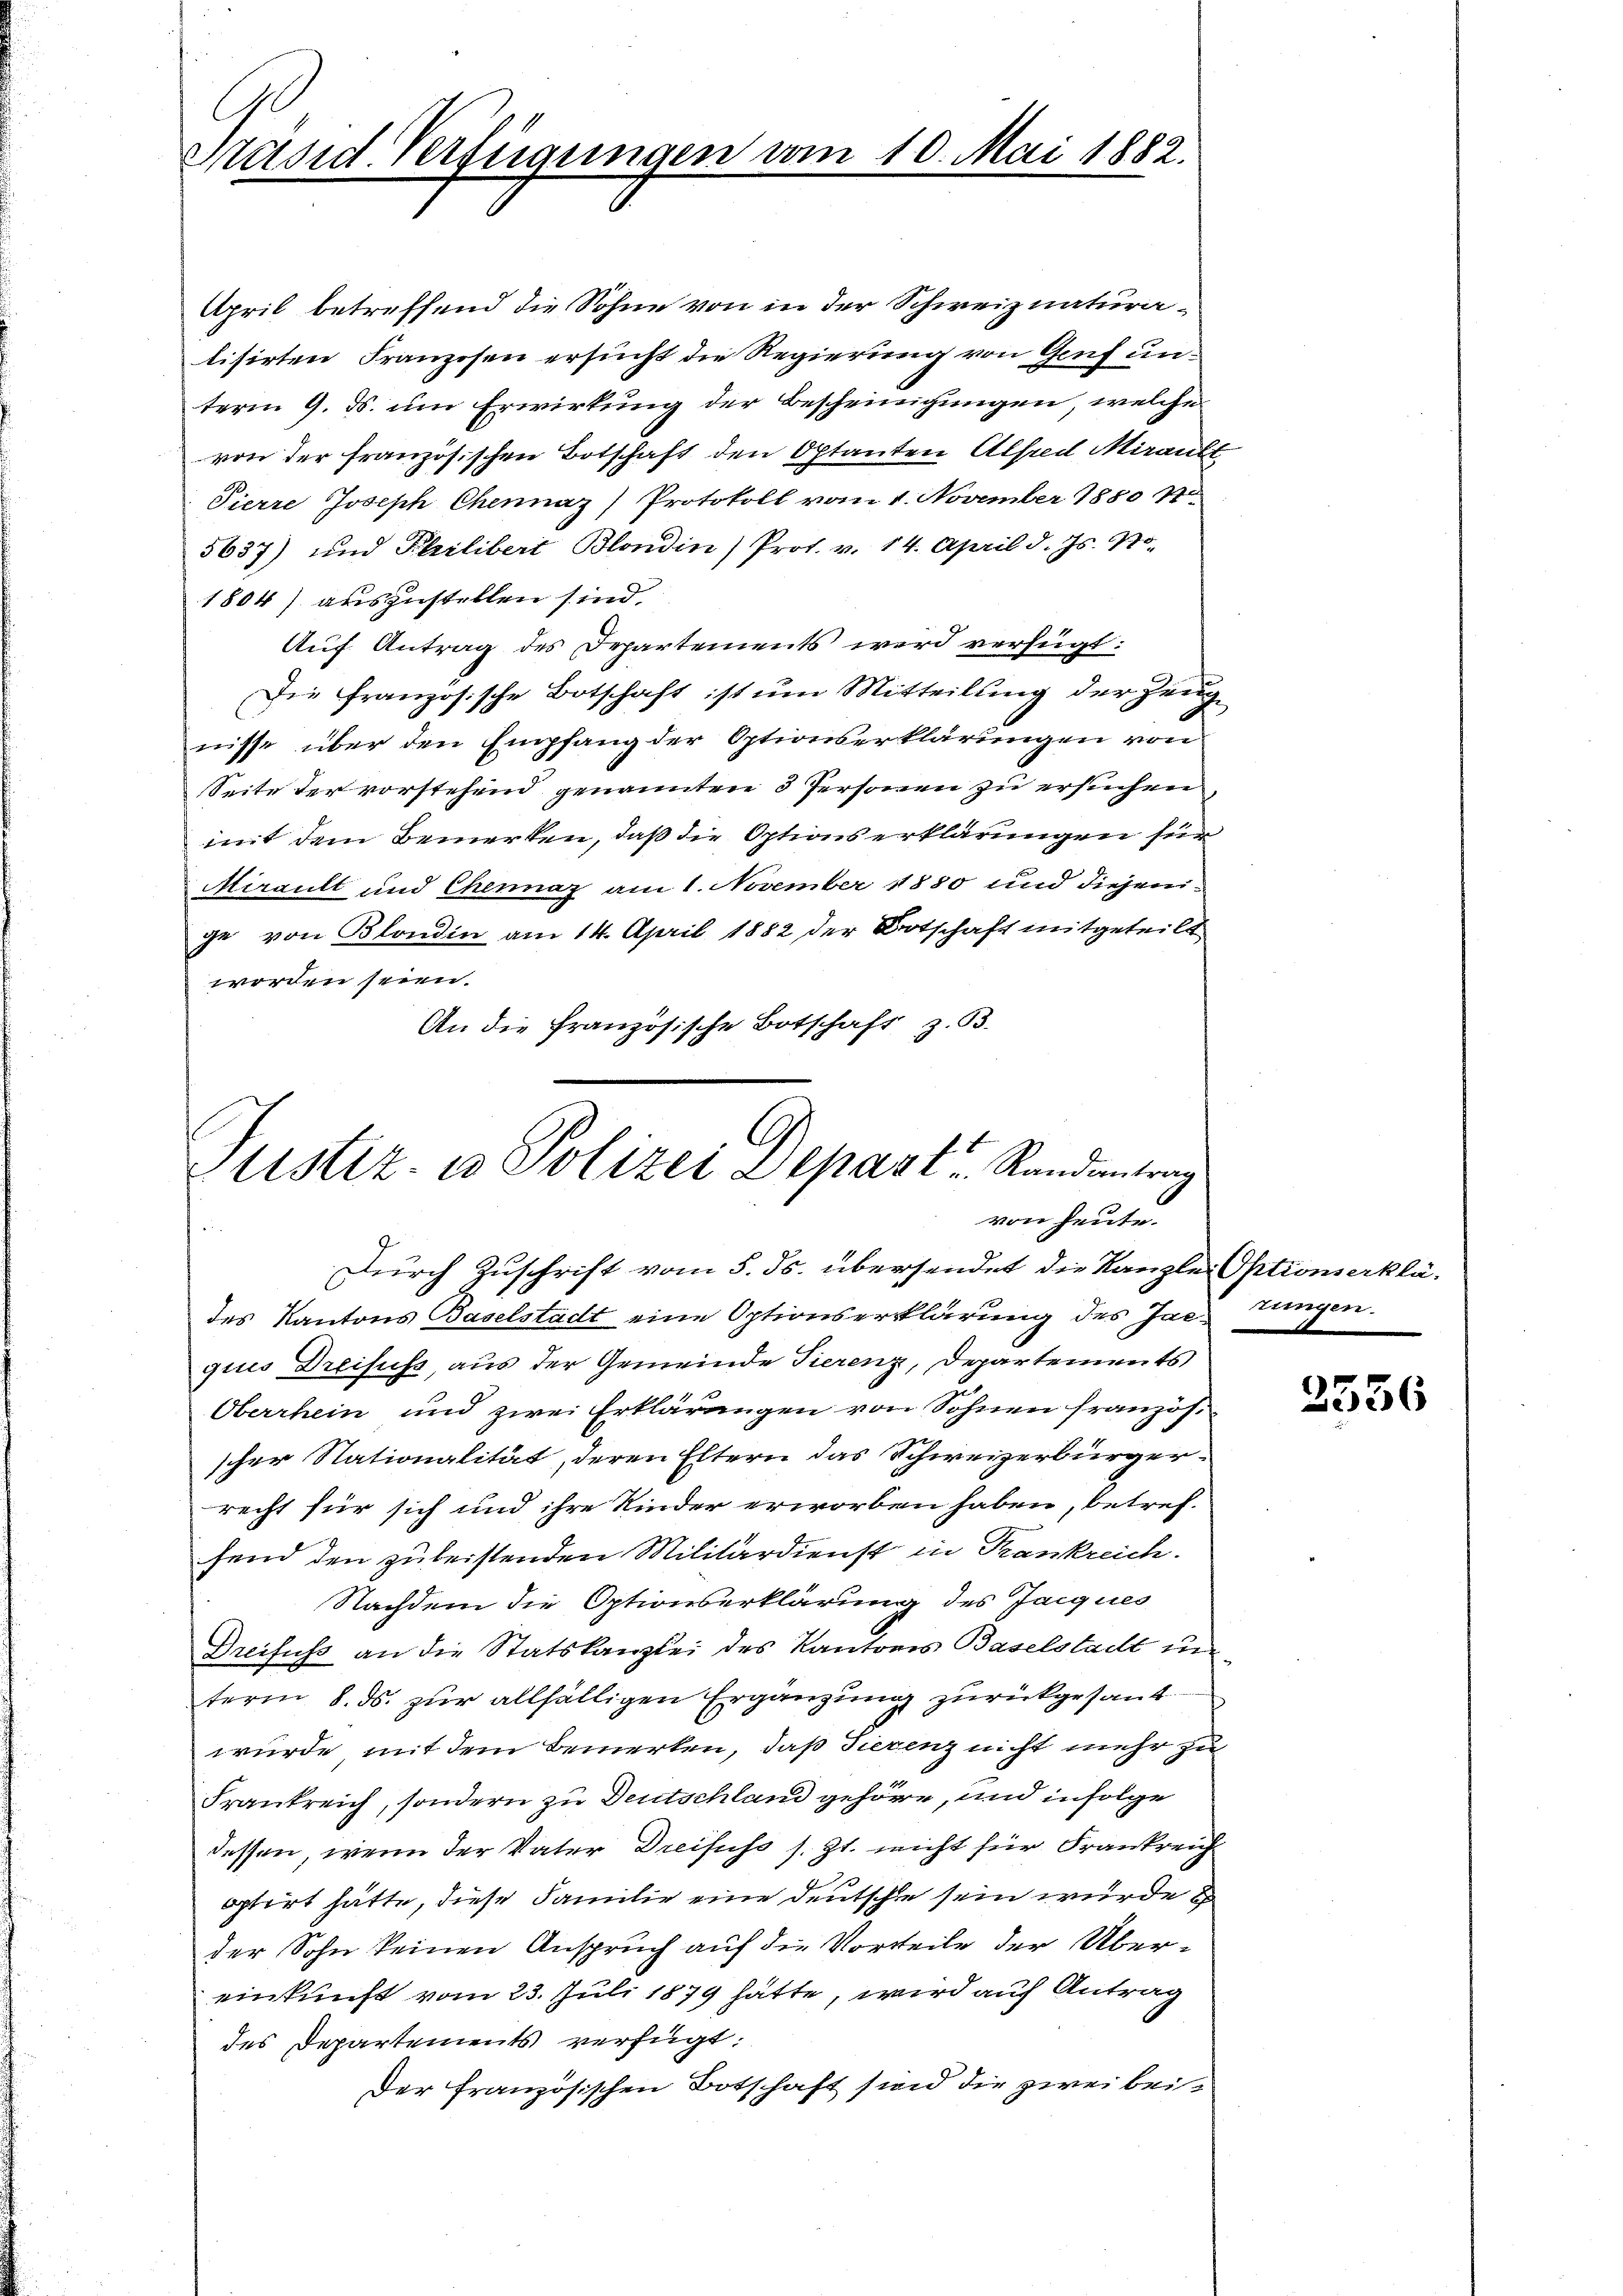
Präsid. Verfügungen vom

April betreffend die Sohne von in der Schweiznaturalisirten Franzosen ersucht die Regierung von Genf unterm 9. ds. um Erwirkung der Bescheinigungen, welche
von der französischen Botschaft den Optanten Alfred Mirauli
Pierre Joseph Chennaz) Protokoll vom 1. November 1850 47.
5637) und Philibert Blondin (Prot. v. 14. April d. Js. No.
1804) auszustellen sind.
Auf Antrag des Departements wird verfügt:
Die französische Botschaft ist um Mitteilung der Zeugnisse über den Empfang der Optionserklärungen von
Seite der vorstehend genannten 3 Personen zu ersuchen
mit dem Bemerken, daß die Optionserklärungen für
Mirault und Chennaz am 1. November 1880 und diejenige von Blondin am 14. April 1882 der Botschaft mitgeteilt
worden seien.
An die französische Botschaft z. B.

des Kantons Baselstadt eine Optionserklärung des Jac. Zungen.
ques Dreifuss, aus der Gemeinde Tierenz, Departements
Oberrhein und zwei Erklärungen von Sohnen französscher Stationalität, deren Eltern das Schweizerbürgerrecht für sich und ihre Kinder erworben haben, betreffend den zu beistenden Militärdienst in Trankreich.
Nachdem die Optionserklärung des Jacques
Dreifuss an die Statskanzlei des Kantons Baselstadt un
term 8. ds. zur allfälligen Ergänzung zurückgesant
würde, mit dem Bemerken, daß Tierenz nicht mehr zu
Frankreich, sondern zu Deutschland gehöre, und infolge
dessen, wenn der Vater Dreifuss s. Zt. nicht für Frankreich
optirt hätte, diese Familie eine deutsche sein wurde
der Sohn keinen Anspruch auf die Vorteile der Übereinkunft vom 23. Juli 1879 hätte, wird auf Antrag
des Departements verfügt:
Der französischen Botschaft sind die zwei bei¬

10. Mai 1882.

Justiz- u Polizei Depart Randentrag
von heute.
Durch Zuschrift vom 5. ds. übersendet die Kanzlei Optionserklä-

2556